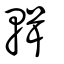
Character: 輯